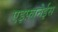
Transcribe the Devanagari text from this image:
एइफ़ानेईस